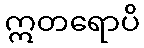
ဣတရောပိ